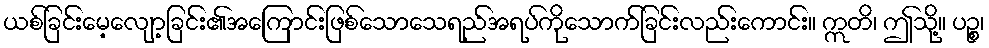
ယစ်ခြင်းမေ့လျော့ခြင်း၏အကြောင်းဖြစ်သောသေရည်အရပ်ကိုသောက်ခြင်းလည်းကောင်း။ ဣတိ၊ ဤသို့။ ပဉ္စ၊